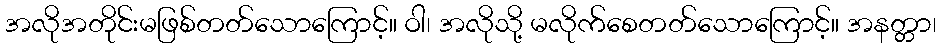
အလိုအတိုင်းမဖြစ်တတ်သောကြောင့်။ ဝါ၊ အလိုသို့ မလိုက်စေတတ်သောကြောင့်။ အနတ္တာ၊